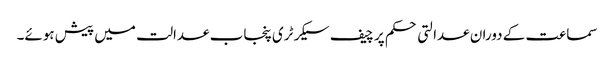
سماعت کے دوران عدالتی حکم پر چیف سیکرٹری پنجاب عدالت میں پیش ہوئے۔